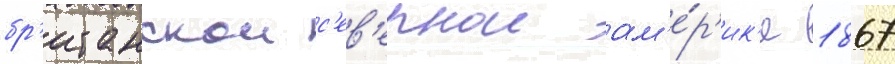
бр'итанскои с'ев'ернои ам'е́р'ик'е 1867